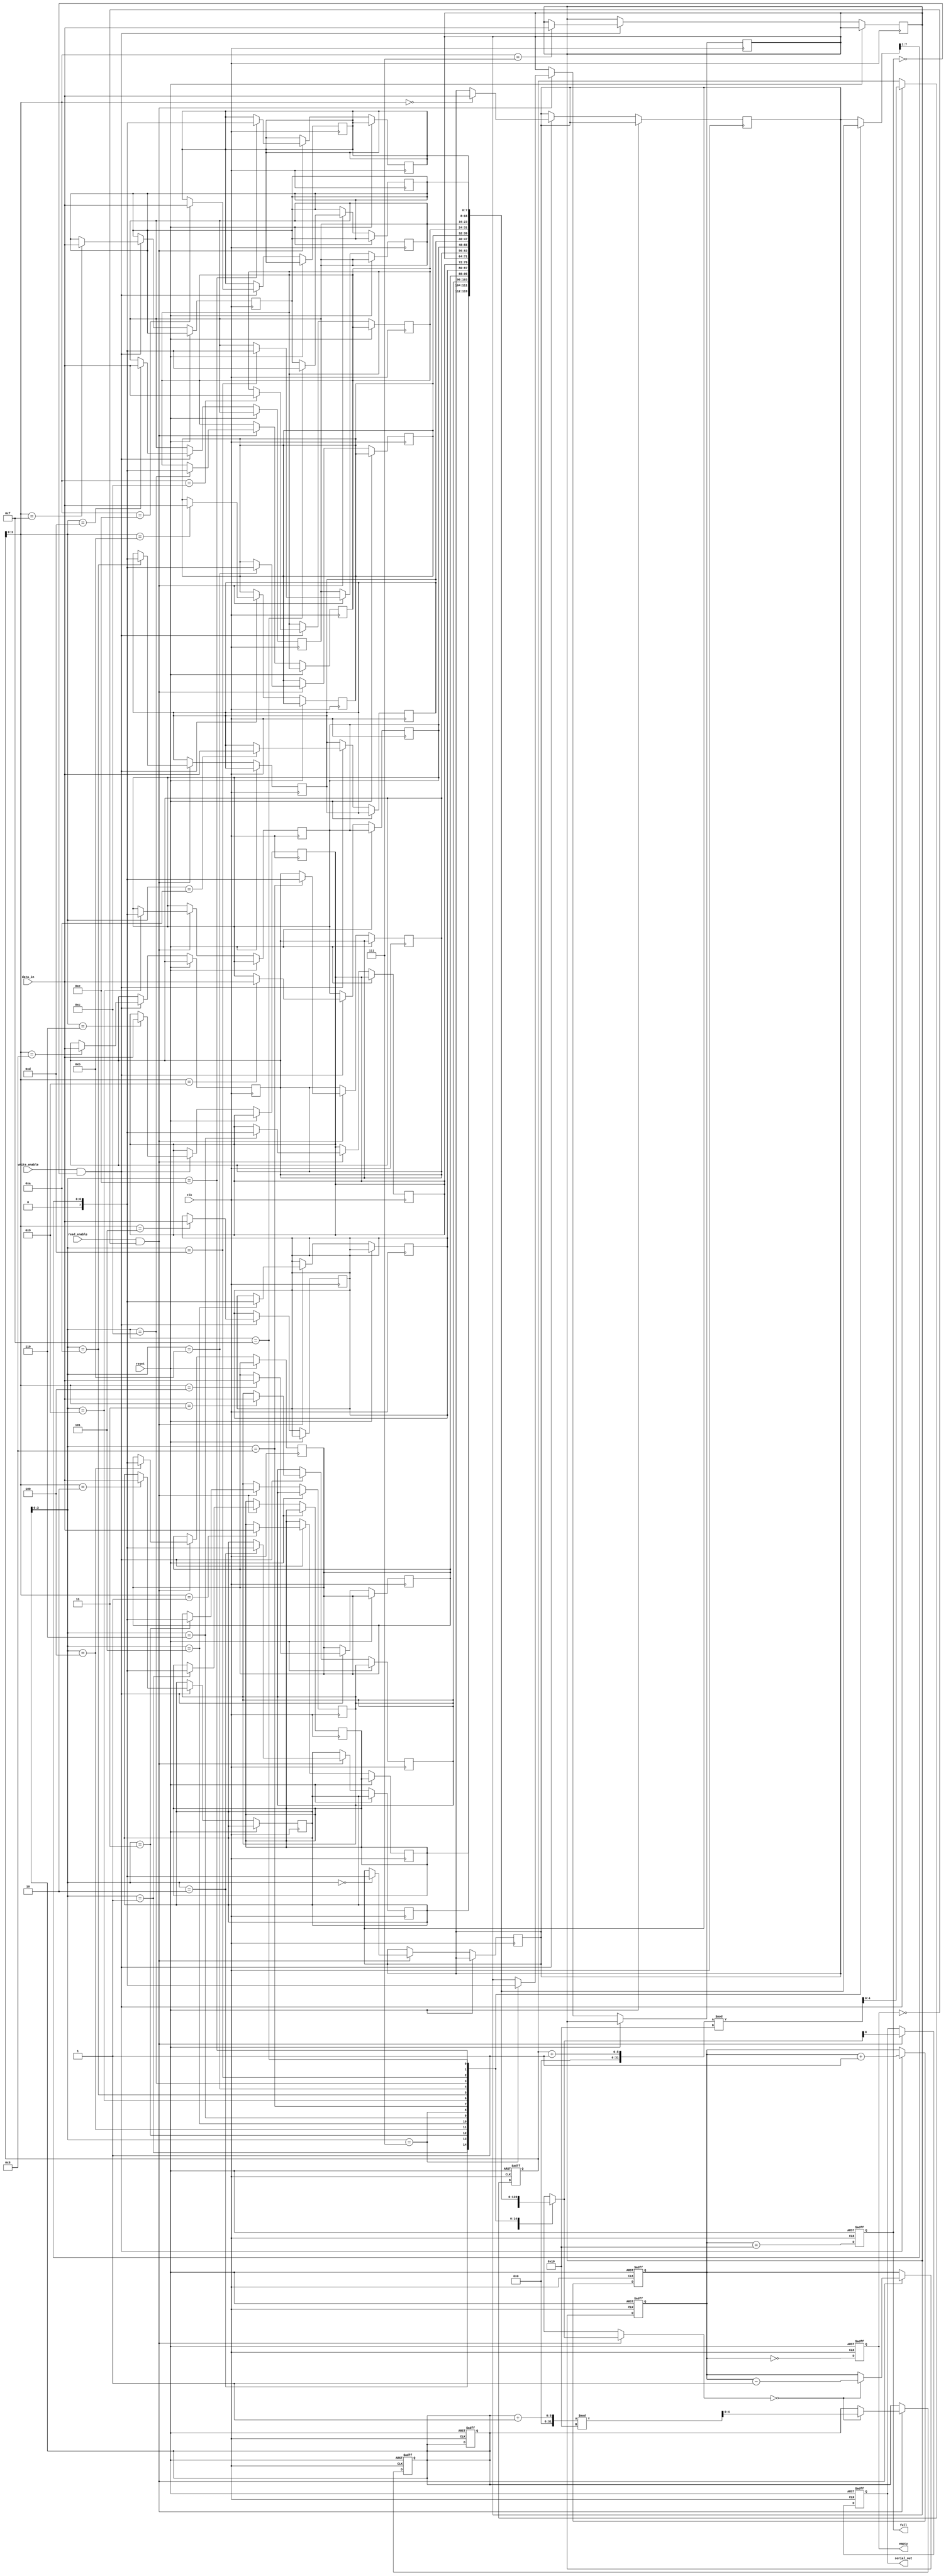
module fifo_piso #(
    parameter N = 8,            // Number of bits in parallel input
    parameter DEPTH = 16        // Depth of the FIFO
)(
    input wire clk,             // Clock signal
    input wire reset,           // Reset signal
    input wire write_enable,     // Write enable signal
    input wire read_enable,      // Read enable signal
    input wire [N-1:0] data_in,  // Parallel data input
    output reg serial_out,       // Serial output
    output reg empty,            // FIFO empty flag
    output reg full              // FIFO full flag
);

    reg [N-1:0] fifo_mem [0:DEPTH-1]; // FIFO memory
    reg [4:0] write_ptr;               // Write pointer
    reg [4:0] read_ptr;                // Read pointer
    reg [4:0] count;                   // Number of elements in FIFO

    // Initialize pointers and flags
    initial begin
        write_ptr = 0;
        read_ptr = 0;
        count = 0;
        empty = 1;
        full = 0;
        serial_out = 0;
    end

    // Write logic
    always @(posedge clk or posedge reset) begin
        if (reset) begin
            write_ptr <= 0;
            read_ptr <= 0;
            count <= 0;
            empty <= 1;
            full <= 0;
        end else begin
            if (write_enable && !full) begin
                fifo_mem[write_ptr] <= data_in; // Store data in FIFO
                write_ptr <= (write_ptr + 1) % DEPTH; // Increment write pointer
                count <= count + 1; // Increment count
            end

            // Update full and empty flags
            empty <= (count == 0);
            full <= (count == DEPTH);
        end
    end

    // Read logic
    always @(posedge clk or posedge reset) begin
        if (reset) begin
            read_ptr <= 0;
            count <= 0;
            empty <= 1;
            full <= 0;
            serial_out <= 0;
        end else begin
            if (read_enable && !empty) begin
                serial_out <= fifo_mem[read_ptr][0]; // Output the least significant bit
                fifo_mem[read_ptr] <= {1'b0, fifo_mem[read_ptr][N-1:1]}; // Shift left
                if (fifo_mem[read_ptr] == 0) begin
                    read_ptr <= (read_ptr + 1) % DEPTH; // Increment read pointer
                    count <= count - 1; // Decrement count
                end
            end

            // Update empty and full flags
            empty <= (count == 0);
            full <= (count == DEPTH);
        end
    end

endmodule